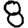
Digit: 8